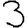
Digit: 3